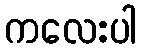
ကလေးပါ